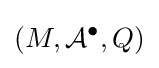
(M,{\mathcal {A}}^{\bullet },Q)